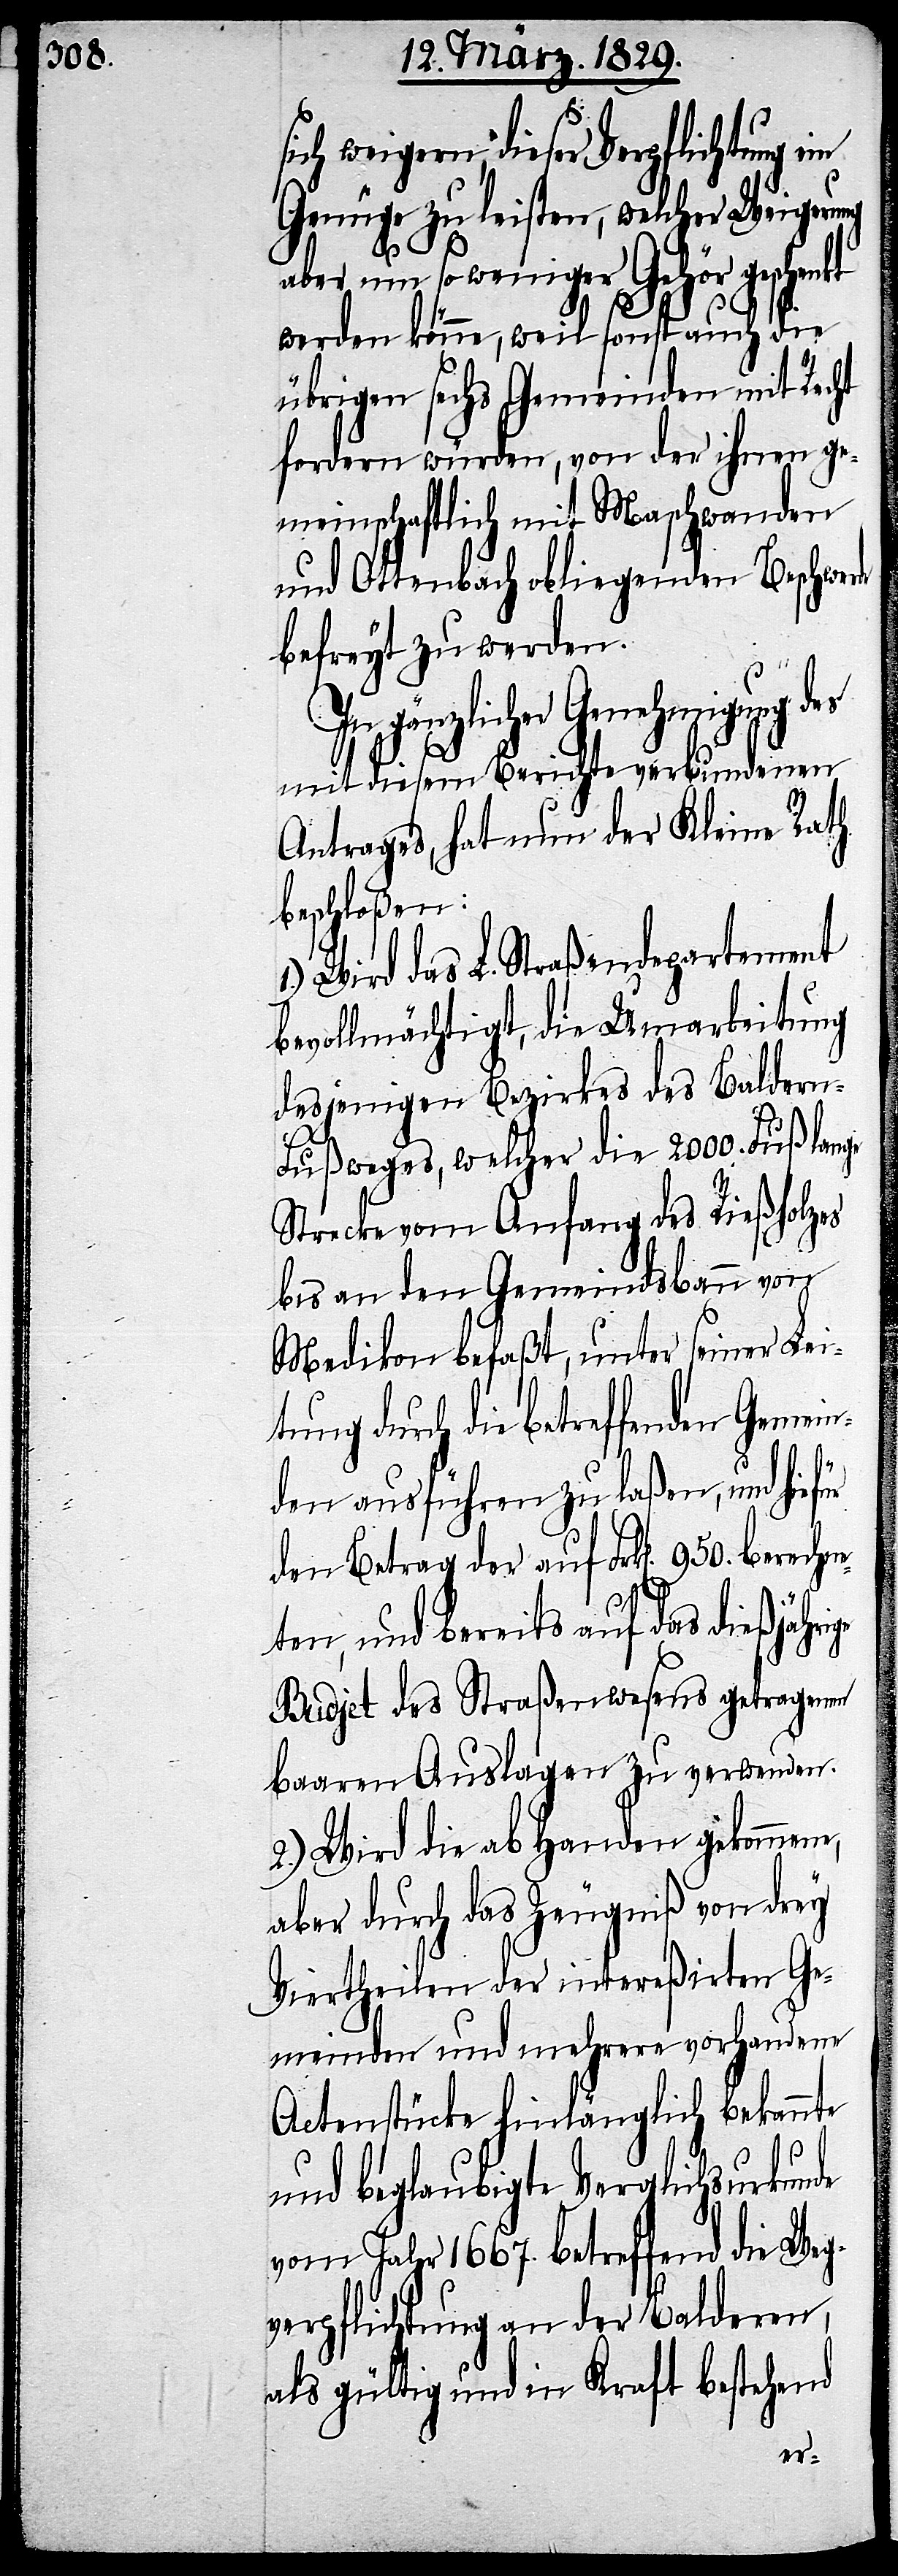
sich weigern, dieser Verpflichtung
Genüge zu leisten, welcher Weigerung
de
aber um so weniger Gehör geschenkt
werden könne, weil sonst auch die
übrigen sechs Gemeinden mit Recht
fordern würden, von der ihnen ge¬
meinschaftlich mit Maschwanden
und Ottenbach obliegenden Beschwer¬
befreyt zu werden.
In gänzlicher Genehmigung des
mit diesem Berichte verbundenen
Antrages, hat nun der Kleine Rath
beschloßen:
Wird das L. Straßendepartement
bevollmächtigt, die Umarbeitung
desjenigen Bezirks des Baldern-F¬
ußweges, welcher die 2000. Fuß lange
Strecke vom Anfang des Rießholzes
bis an den Gemeindsbann von
Medikon befaßt, unter seiner Lei¬
durch die betreffenden Gemein¬
ge
den ausführen zu laßen, und hief¬
den Betrag der auf Frk[en]. 950. berech¬
ten, und bereits auf das dießjähri¬
Budjet des Straßenwesens getragenen
baaren Auslagen zu verwenden.
2.) Wird die ab Handen gekommene,
aber durch das Zeugniß von drey
Viertheilen der intereßirten Ge¬
meinden und mehrere vorhandene
Actenstücke hinlänglich bekannte
und beglaubigte Verglichsurkun¬
vom Jahr 1667. betreffend die Weg¬
verpflichtung an der Balderen,
als gültig und in Kraft bestehend
ne¬